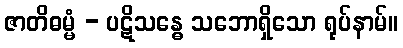
ဇာတိဓမ္မံ - ပဋိသန္ဓေ သဘောရှိသော ရုပ်နာမ်။